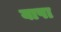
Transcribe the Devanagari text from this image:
यापा